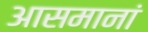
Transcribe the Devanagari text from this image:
आसमानां